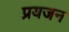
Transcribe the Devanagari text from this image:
प्रयजन